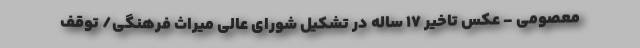
معصومی - عکس تاخیر ۱۷ ساله در تشکیل شورای عالی میراث فرهنگی/ توقف